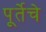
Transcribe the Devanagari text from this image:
पूर्तेचे